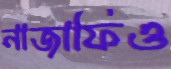
নাজাফিও